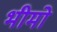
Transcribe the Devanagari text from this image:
भीमो